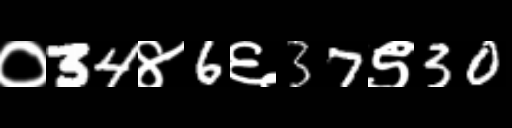
Text: ०34४6६37९30